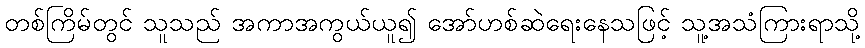
တစ်ကြိမ်တွင် သူသည် အကာအကွယ်ယူ၍ အော်ဟစ်ဆဲရေးနေသဖြင့် သူ့အသံကြားရာသို့